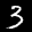
Label: 3